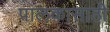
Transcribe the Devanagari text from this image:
पालकासाठी